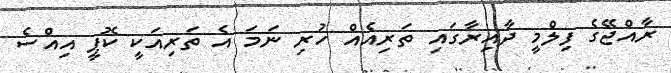
ރާއްޖޭގެ ފިލްމީ ދާއިރާގައި ތަރިއެއް ހުރި ނަމަ އެ ތަރިއަކީ ކޮޕީ އިއްސެ